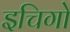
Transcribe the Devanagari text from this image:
इचिगो